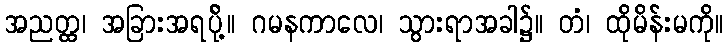
အညတ္ထ၊ အခြားအရပ်ို့။ ဂမနကာလေ၊ သွားရာအခါ၌။ တံ၊ ထိုမိန်းမကို။